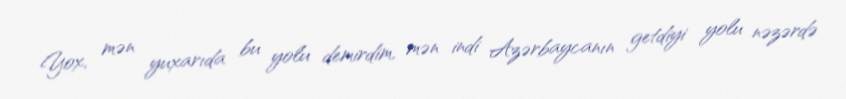
Yox, mən yuxarıda bu yolu demirdim, mən indi Azərbaycanın getdiyi yolu nəzərdə